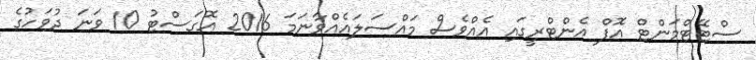
ސްޓޭޓްމަންޓް އޮފް އެންޓްރީގައި އެއްވެސް މައްސަލައެއްވާނަމަ 2016 އޮގަސްޓު 10 ވަނަ ދުވަހުގެ